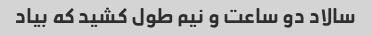
سالاد دو ساعت و نیم طول کشید که بیاد